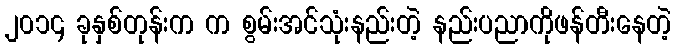
၂၀၁၄ ခုနှစ်တုန်းက က စွမ်းအင်သုံးနည်းတဲ့ နည်းပညာကိုဖန်တီးနေတဲ့